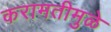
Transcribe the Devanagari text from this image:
करामतीमुळे